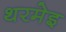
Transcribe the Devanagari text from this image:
थरमेइ